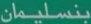
بنسليمان